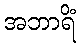
အဘာရိံ